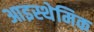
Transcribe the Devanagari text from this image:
आइस्थेमिक